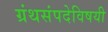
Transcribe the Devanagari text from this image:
ग्रंथसंपदेविषयी